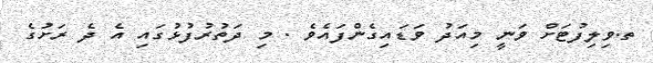
ތ.ވިލިފުޓަށް ވަނީ މިއަދު ވަޑައިގެންފައެވެ . މި ދަތުރުފުޅުގައި އެ ދެ ރަށުގެ